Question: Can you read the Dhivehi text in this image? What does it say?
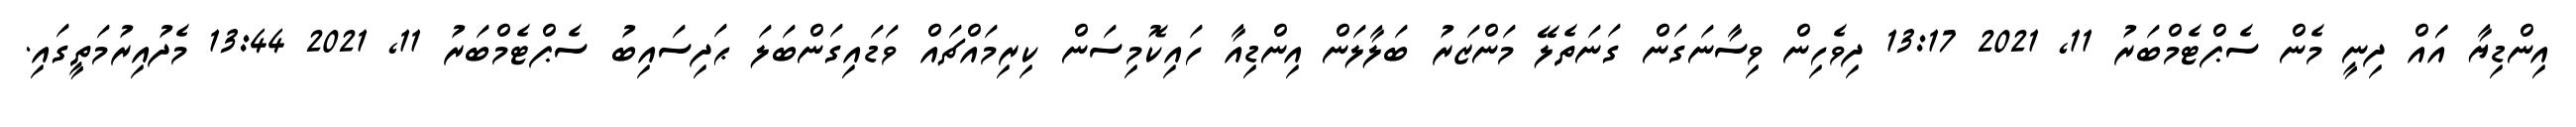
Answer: އިންޑިޔާ އަައް ދިނީ މެން ސެޕްޓެމްބަރު 11, 2021 13:17 ދިވެހިން ވިސާނަގަން ގަނަތެލޭ މަންޒަރު ބަލާލަން އިންޑިއާ ހައިކޮމިސަން ކިރިމައްޗައް ވަޑައިގަންބަލަ ޙަދިސައިބު ސެޕްޓެމްބަރު 11, 2021 13:44 މެދުއިރުމަތީގައި.